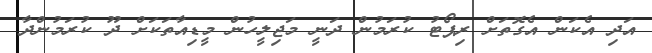
އަދި އެކަން އެގޮތަށް ރިޕޯޓު ކުރަމުން ދަނީ މަޖިލީހުން މީޑިއާތަކަށް ދޫ ކުރަމުންދާ